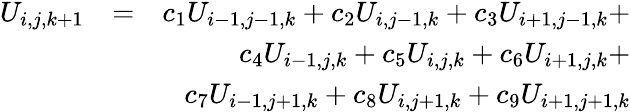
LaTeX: \begin{array}{rlr}{U_{i,j,k+1}}&{=}&{c_{1}U_{i-1,j-1,k}+c_{2}U_{i,j-1,k}+c_{3}U_{i+1,j-1,k}+}\\ &{}&{c_{4}U_{i-1,j,k}+c_{5}U_{i,j,k}+c_{6}U_{i+1,j,k}+}\\ &{}&{c_{7}U_{i-1,j+1,k}+c_{8}U_{i,j+1,k}+c_{9}U_{i+1,j+1,k}}\end{array}